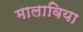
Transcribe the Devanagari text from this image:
मालाविया